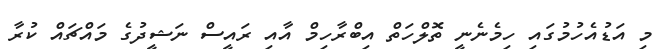
މި އަޑުއެހުމުގައި ހިމެނެނީ ތޮލްހަތް އިބްރާހިމް އާއި ރައީސް ނަޝީދުގެ މައްޗައް ކުރާ